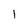
Character: 1